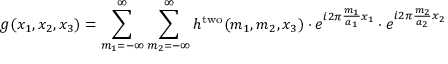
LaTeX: g ( x _ { 1 } , x _ { 2 } , x _ { 3 } ) = \sum _ { m _ { 1 } = - \infty } ^ { \infty } \sum _ { m _ { 2 } = - \infty } ^ { \infty } h ^ { \mathrm { t w o } } ( m _ { 1 } , m _ { 2 } , x _ { 3 } ) \cdot e ^ { i 2 \pi { \frac { m _ { 1 } } { a _ { 1 } } } x _ { 1 } } \cdot e ^ { i 2 \pi { \frac { m _ { 2 } } { a _ { 2 } } } x _ { 2 } }